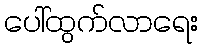
ပေါ်ထွက်လာရေး